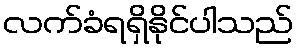
လက်ခံရရှိနိုင်ပါသည်